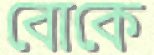
বোকে